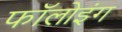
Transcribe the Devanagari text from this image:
फाॅलोइंग